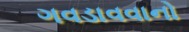
ગવડાવવાનો